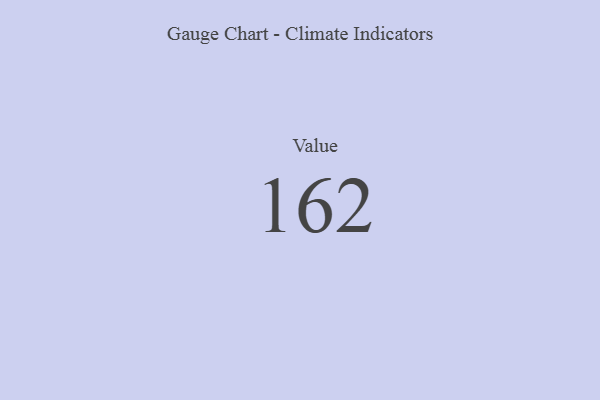
{"axis": {"x": "Metric", "y": "Value"}, "legend": [""], "data": [{"x": "Value", "y": 162, "type": ""}]}